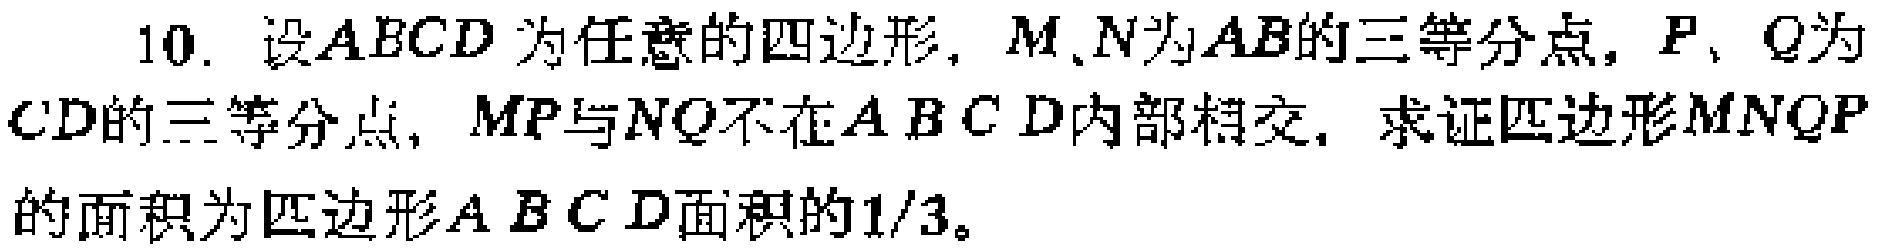
10. 设\(ABCD\)为任意的四边形，\(M\)、\(N\)为\(AB\)的三等分点，\(P\)、\(Q\)为\(CD\)的三等分点，\(MP\)与\(NQ\)不在\(ABCD\)内部相交，求证四边形\(MNQP\)的面积为四边形\(ABCD\)面积的\(1/3\)。